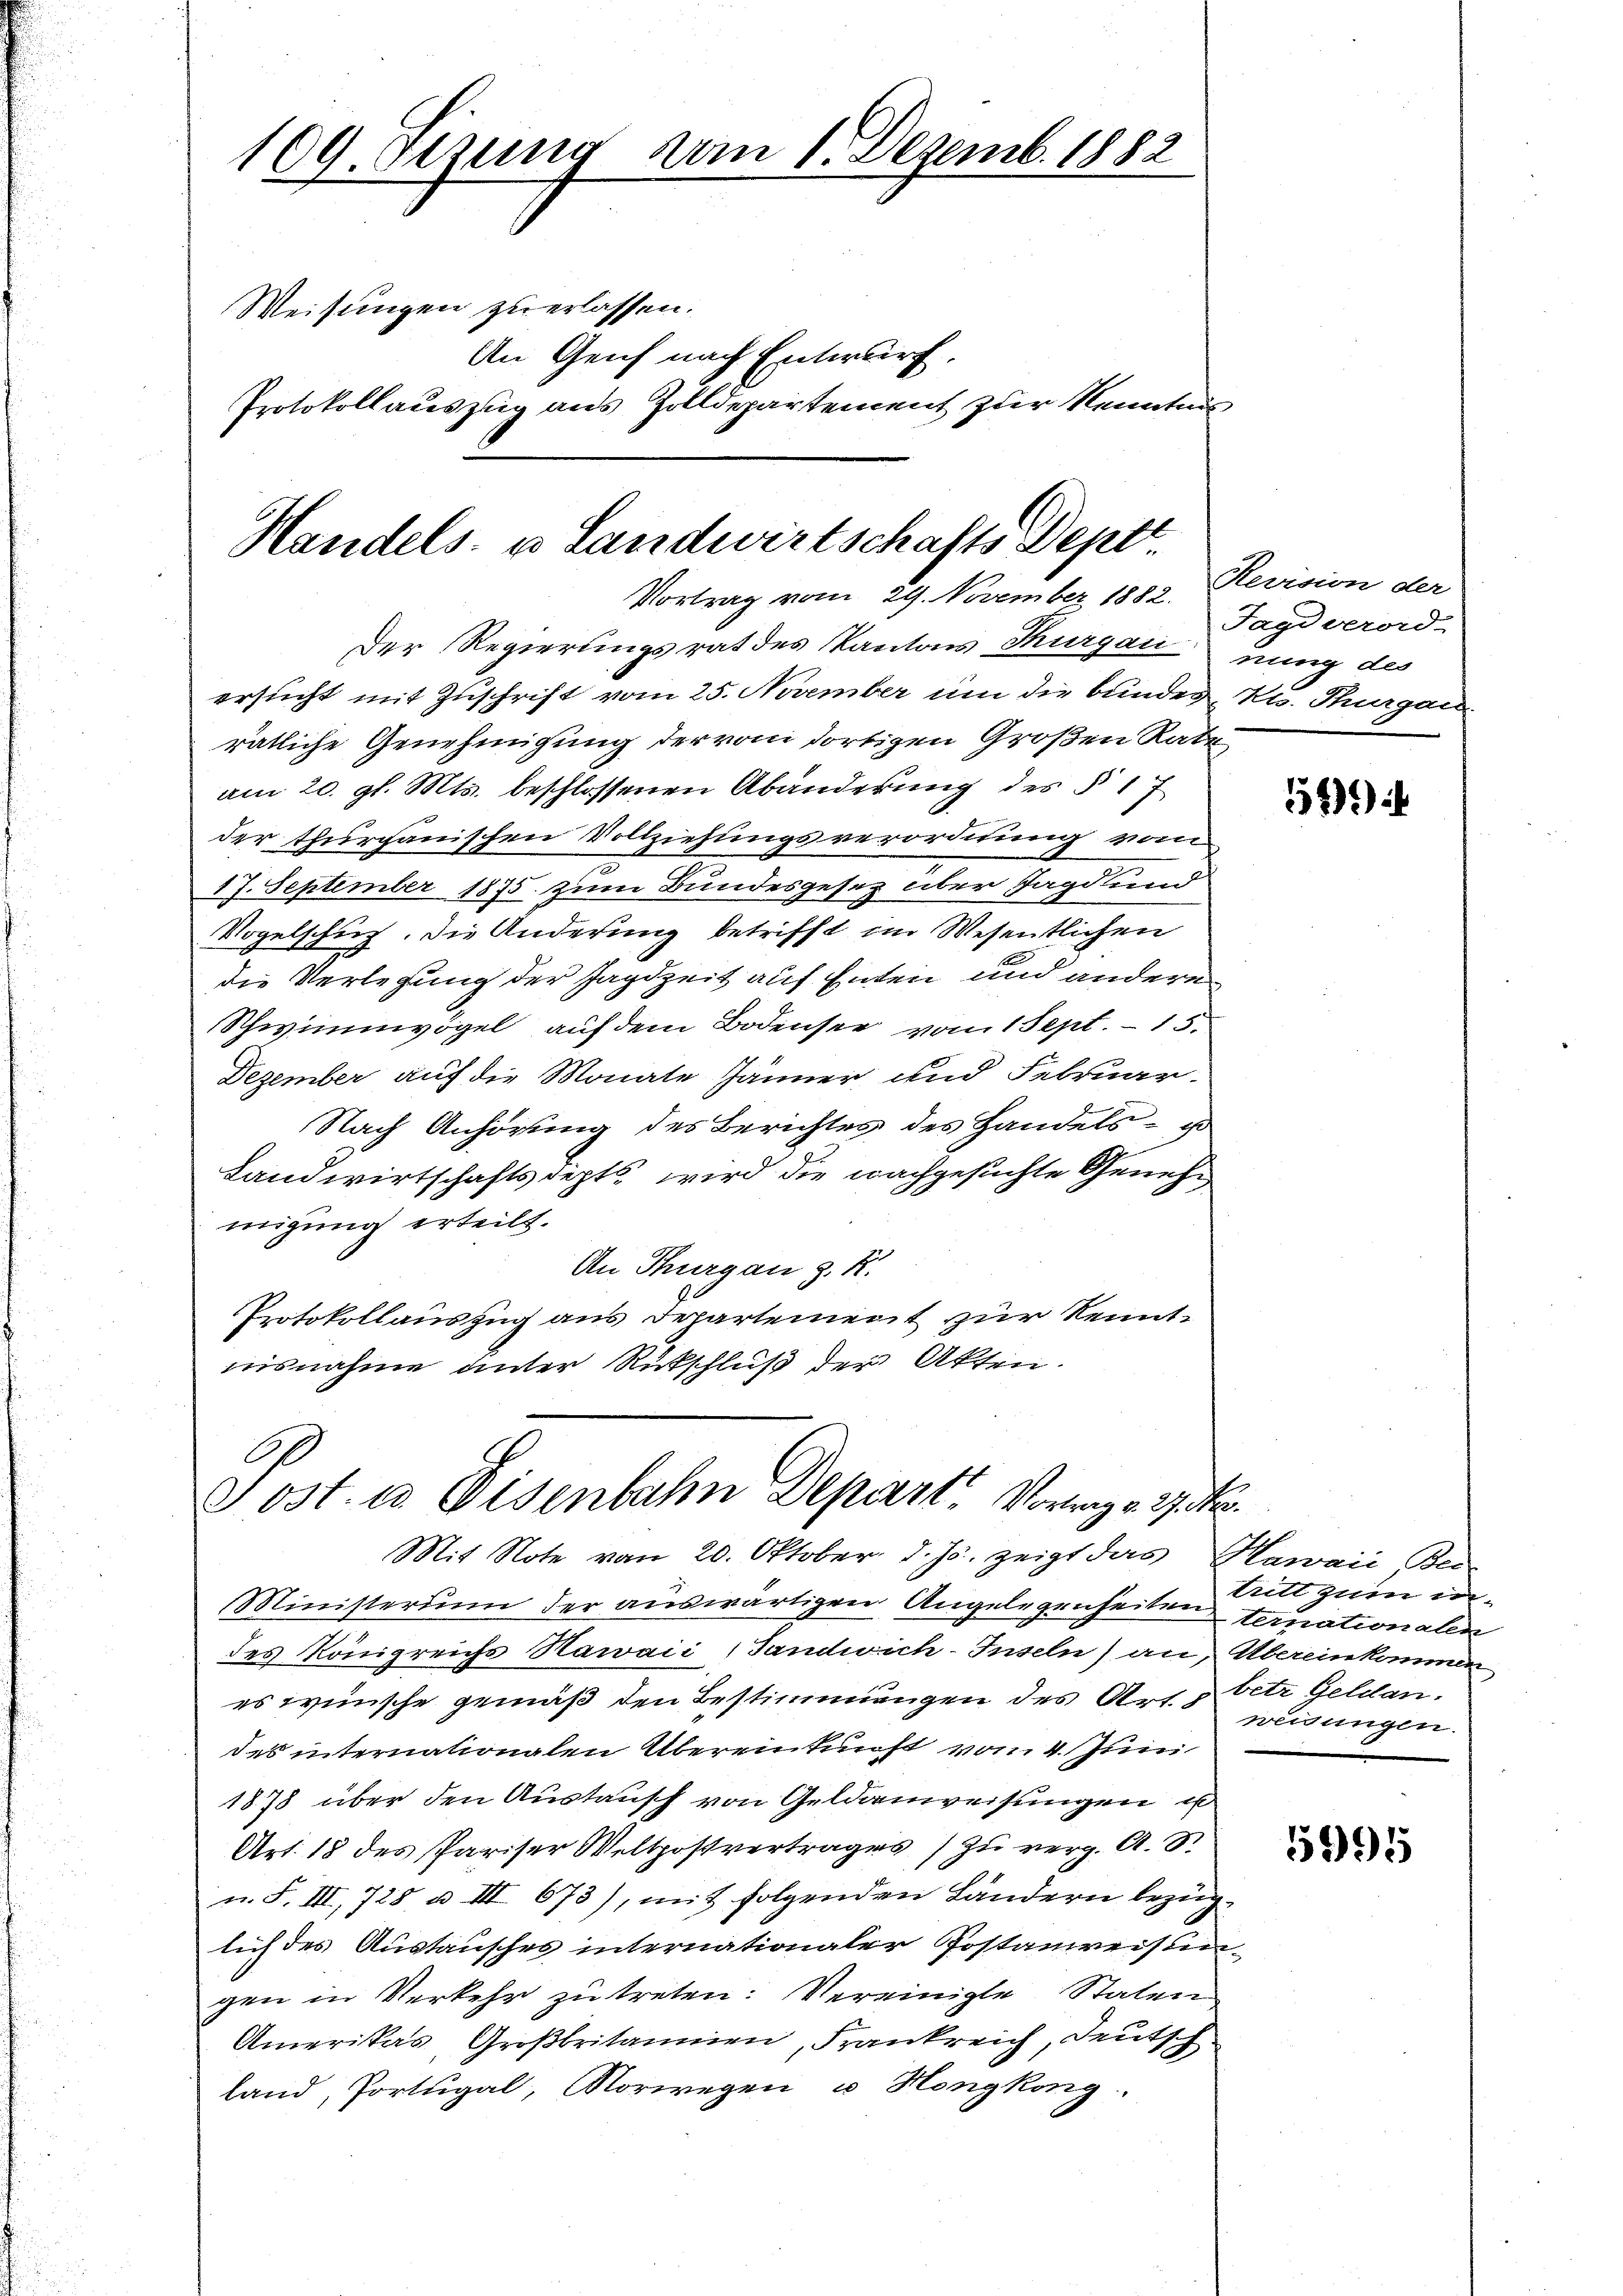
109. Sitzung vom 1. Dezemb. 1882
Weisungen zu erlassen.
An Genf nach Entwurf,
Protokollauszug aus Zolldepartement zur Kenntnis

Der Regierungsrat des Kantons Thurgau nung des
ersucht mit Zuschrift vom 25. November um die bundes Ku. Thurgau.
rätliche Genehmigung der vom dortigen Großen Rate
am 20. gl. Mts. beschlossenen Abänderung des § 17
der thurgauischen Vollziehungsverordnung vom
e
17. September 1875. zum Bundesgesez aber Jagd und
Vogelschuf, die Änderung betrifft im Wesentlichen
die Verlesung der Jagdzeit auf Enten und andere
Schwimmvögel auf dem Bodensee vom 1 Sept. 15.
Dezember auf die Monate Jänner, und Februar-
Nach Anhörung des Berichtes des Handels- o
Landwirtschaftsdepts, wird die nachgesuchte Genehmigung erteilt.
An Thurgau z. R.
Protokollauszug aus Departement zur Kenntisnahme unter Rückschluß der Akten.

Handels- u Landwirtschafts Deptt.
Vortrag vom 29. November 1882. Revision der

Post es Eisenbahn Depart. Vorlage ko

Mit Note vom 20. Oktober d. Js. zeigt das Mawaii Ber
Ministerium der auswärtigen Angelegenheiten ternationalen
des Königreichs Nawaii (Tandwich-Inseln) an, Übereinkommen
es wünsche gemäß den Bestimmungen des Art. 3 betr. Geldan.
des internationalen Übereinkunft von 4. Juni
1878 über den Austausch von Geldanweisungen u
Art. 18 des Pariser Weltpostvertrages zu verg. A. S.
n. F. III, 728 u. III 673), mit folgenden Ländern bezüglich des Austausches internationaler Postanweisungen in Verkehr zu treten: Vereinigte Statum
Amerikas Großbritannien, Frankreich, Deutsch
land, Portugal, Norwegen u. Hongkong.

Jagd verord-

541)

tritt zum inweisungen.

5995